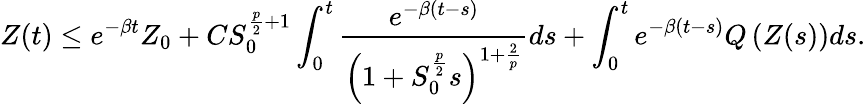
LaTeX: Z(t)\le e^{-\beta t}Z_{0}+CS_{0}^{\frac{p}{2}+1}\int_{0}^{t}\frac{e^{-\beta(t-s)}}{\left(1+S_{0}^{\frac{p}{2}}s\right)^{1+\frac{2}{p}}}ds+\int_{0}^{t}e^{-\beta(t-s)}Q\left(Z(s)\right)ds.